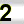
Digit: 2